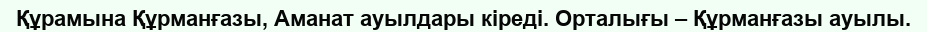
Құрамына Құрманғазы, Аманат ауылдары кіреді. Орталығы – Құрманғазы ауылы.